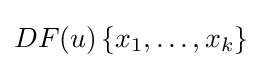
DF(u)\left\{x_{1},\ldots ,x_{k}\right\}